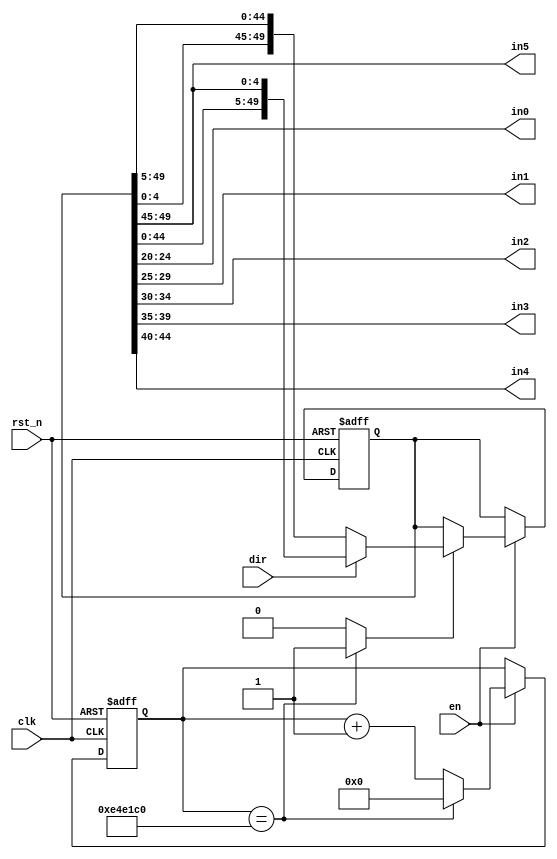
`timescale 1ns / 1ps

module rotating_LED
	#(parameter turns=15_000_000) ///Frequency will be 50MHz/turns = 50MHz/15M = 3.33Hz(0.3 sec per move)
	(
	input clk,rst_n,
	input en,dir,
	output [4:0] in0,in1,in2,in3,in4,in5 //{decimalpoint,hexadecimal}
    );
	 localparam W=10; //number of all letters/numbers to be displayed
	 
	 reg[24:0] mod_turns=0;
	 reg[5*W-1:0] words={  ////  word=0123456789 
								{1'b0,4'h0},
								{1'b0,4'h1},
								{1'b0,4'h2},
								{1'b0,4'h3},
								{1'b0,4'h4},
								{1'b0,4'h5},
								{1'b0,4'h6},
								{1'b0,4'h7},
								{1'b0,4'h8},
								{1'b0,4'h9}			
								}; //Note: If  "W" is greater than the words initialized here, it will be displayed as default zero on the leftmost digit
	  wire[24:0] mod_turns_nxt;
	  reg[5*W-1:0] words_nxt;
	  wire mod_turns_max;
	  
	  //registers
	  always @(posedge clk,negedge rst_n) begin
			if(!rst_n) begin
				mod_turns<=0;
				words<={ {1'b0,4'h0},
						  {1'b0,4'h1},
						  {1'b0,4'h2},
						  {1'b0,4'h3},
						  {1'b0,4'h4},
						  {1'b0,4'h5},
						  {1'b0,4'h6},
						  {1'b0,4'h7},
						  {1'b0,4'h8},
						  {1'b0,4'h9}			
						  };
			end
			
			else begin
				if(en) begin
					mod_turns<=mod_turns_nxt;
					words<=words_nxt;
			   end	
			end
			
	  end
	  //next-state logics
	  assign mod_turns_nxt=(mod_turns==turns)?0:mod_turns+1;
	  assign mod_turns_max=(mod_turns==turns)?1:0;
	
	  always @* begin
	  words_nxt=words;
	  if(mod_turns_max) words_nxt=dir? {words[5*W-6:0],words[5*W-1:5*W-5]}  :  {words[4:0],words[5*W-1:5]} ;  //if dir is asserted: move left , else:move right
	  end
	  
	  //output logic to be be used by the LED Multiplexing circuit (6 5-bit outputs that determine what number will be displayed on the sevensegments)
	  assign in5=words[5*W-1:5*W-5],
				in4=words[5*W-6:5*W-10],
				in3=words[5*W-11:5*W-15],
				in2=words[5*W-16:5*W-20],
				in1=words[5*W-21:5*W-25],
				in0=words[5*W-26:5*W-30];
endmodule